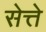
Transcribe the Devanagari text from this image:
सेत्ते